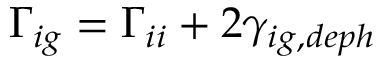
\Gamma _ { i g } = \Gamma _ { i i } + 2 \gamma _ { i g , d e p h }